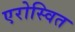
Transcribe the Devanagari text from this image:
एरोस्वित